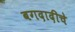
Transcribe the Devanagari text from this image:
बगदादीचे